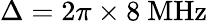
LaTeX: \Delta=2\pi\times 8~\mathrm{{MHz}}